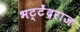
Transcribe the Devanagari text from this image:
भट्टेंद्रराज